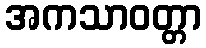
အကသာဝတ္တာ